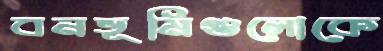
বনভূমিগুলোকে